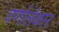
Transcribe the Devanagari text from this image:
वर्णालंकार